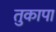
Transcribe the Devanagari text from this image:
तुकापा